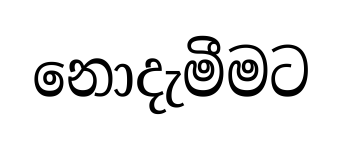
නොදැමීමට